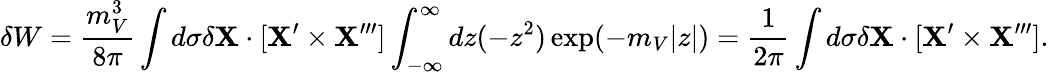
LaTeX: \delta W={\frac{m_{V}^{3}}{8\pi}}\int d\sigma\delta{\mathbf X}\cdot[{\mathbf X}^{\prime}\times{\mathbf X}^{\prime\prime\prime}]\int_{-\infty}^{\infty}dz(-z^{2})\exp(-m_{V}|z|)={\frac{1}{2\pi}}\int d\sigma\delta{\mathbf X}\cdot[{\mathbf X}^{\prime}\times{\mathbf X}^{\prime\prime\prime}].